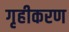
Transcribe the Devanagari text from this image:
गृहीकरण